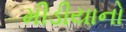
મીડીયાનો